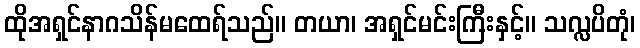
ထိုအရှင်နာဂသိန်မထေရ်သည်။ တယာ၊ အရှင်မင်းကြီးနှင့်။ သလ္လပိတုံ၊